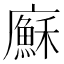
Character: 㢝